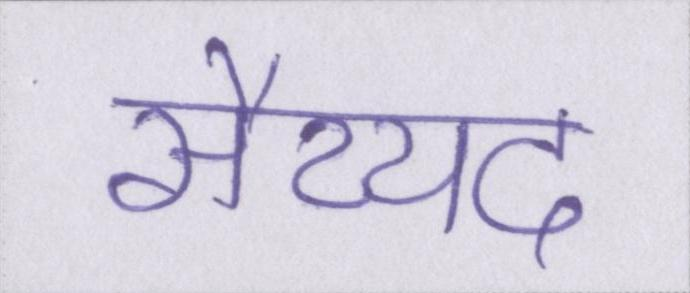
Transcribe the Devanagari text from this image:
सैय्यद